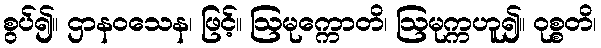
စွပ်၍။ ဌာနဝသေန၊ ဖြင့်။ ဩမုက္ကောတိ၊ ဩမုက္ကဟူ၍။ ဝုစ္စတိ၊